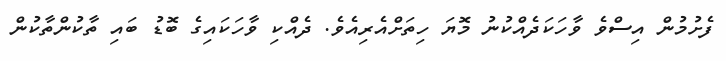
ފެށުމުން އިސްވެ ވާހަކަދެއްކުނު މޮޔަ ހިތަށްއެރިއެވެ. ދެއްކި ވާހަކައިގެ ބޮޑު ބައި ތާކުންތާކުން